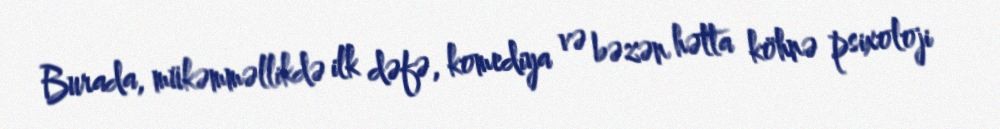
Burada, mükəmməllikdə ilk dəfə, komediya və bəzən hətta köhnə psixoloji